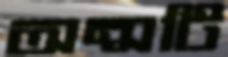
অন্সটি